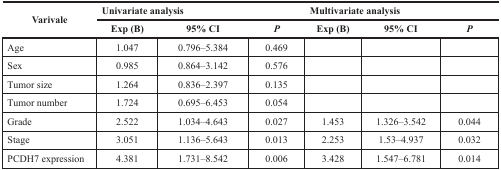
<table><thead><tr><td rowspan="2"><b>Varivale</b></td><td colspan="3"><b>Univariate analysis</b></td><td colspan="3"><b>Multivariate analysis</b></td></tr><tr><td><b>Exp (B)</b></td><td><b>95% CI</b></td><td><b><i>P</i></b></td><td><b>Exp (B)</b></td><td><b>95% CI</b></td><td><b><i>P</i></b></td></tr></thead><tbody><tr><td>Age</td><td>1.047</td><td>0.796–5.384</td><td>0.469</td><td></td><td></td><td></td></tr><tr><td>Sex</td><td>0.985</td><td>0.864–3.142</td><td>0.576</td><td></td><td></td><td></td></tr><tr><td>Tumor size</td><td>1.264</td><td>0.836–2.397</td><td>0.135</td><td></td><td></td><td></td></tr><tr><td>Tumor number</td><td>1.724</td><td>0.695–6.453</td><td>0.054</td><td></td><td></td><td></td></tr><tr><td>Grade</td><td>2.522</td><td>1.034–4.643</td><td>0.027</td><td>1.453</td><td>1.326–3.542</td><td>0.044</td></tr><tr><td>Stage</td><td>3.051</td><td>1.136–5.643</td><td>0.013</td><td>2.253</td><td>1.53–4.937</td><td>0.032</td></tr><tr><td>PCDH7 expression</td><td>4.381</td><td>1.731–8.542</td><td>0.006</td><td>3.428</td><td>1.547–6.781</td><td>0.014</td></tr></tbody></table>